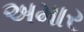
અમાર